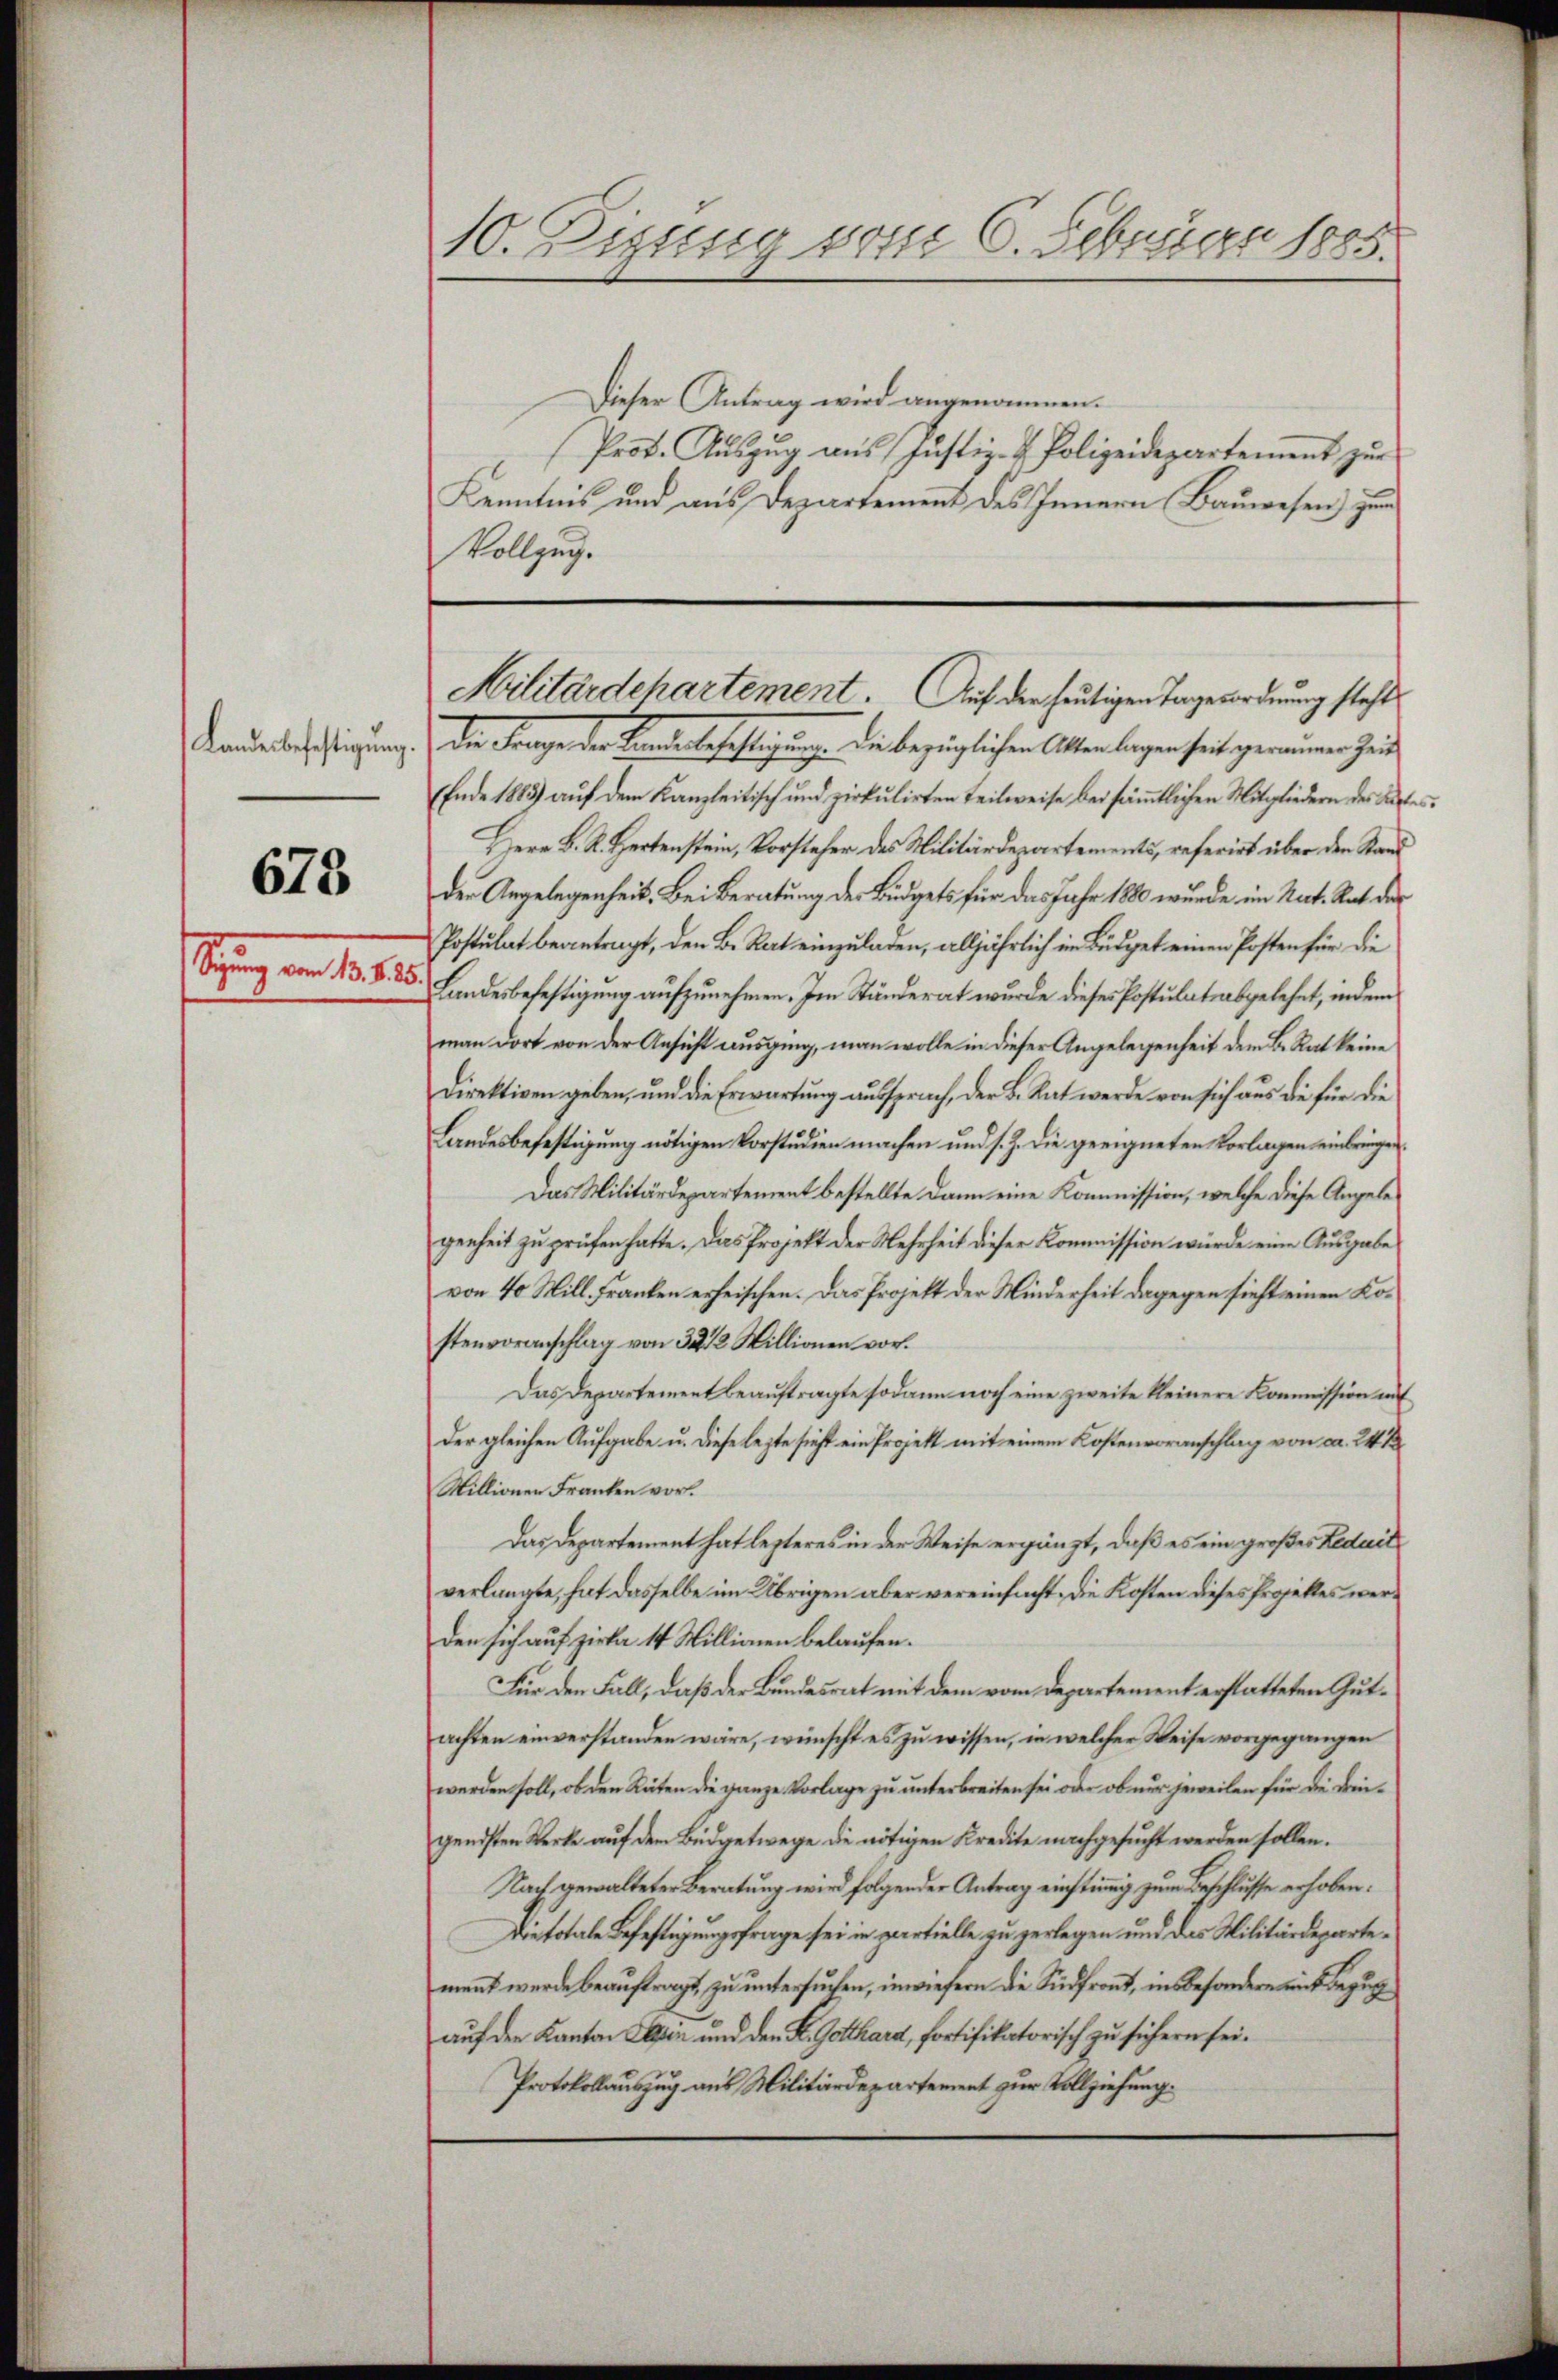
Landesbefestigung.

673

Seiz am 1.

10. Zizung vom 6. Februar 1885.

Dieser Antrag wird angenommen.
Prot. Aŭszŭg aŭs Justiz- & Polizeidepartement zŭr
Kenntnis und aus Departement des Innern Bauwesen) zum
Vollzug.

Militärdehartement. Auf der heutigen Tagesordnung steht

de Frage der Linderbehaftigung die bezüglichen Alten liegen seit gemeinen Zeit
(Ende 1883) auf dem Kanzleitisch und zirkulirten Teilweise bei sämtlichen Mitgliedern des Kartes
Herr B. R. Hertenstein, Vorsteher des Militärdepartements, referirt über den Stand
der Angelegenheit. Bei Beratung der Büdgets für das Jahr 1880 wurde im Rat. Rat der
Postulat beantragt, den B. Rat einzuladen, alljährlich im Büdget einen Posten für die
Landesbefestigung aufzunehmen. Im Ständerat wurde dieses Postulatsabgelehnt, indem
man dort von der Ansicht ausging, man wolle in dieser Angelegenheit dem B. Rat keine
Direktiven geben, und die Erwartung ausspruch, der B. Rat werde von sich aus die für die
Landesbefestigung nötigen Vorstudien machen und s. Z. die geeigneten Vorlagen einbringen.
Das Militärdepartement bestellte dann eine Kommission, welche diese Angelegenheit zŭ prüfen hatte. Das Projekt der Mehrheit dieser Kommission würde eine Aŭsgabe
von 40 Mill Franken erheischen. Das Projekt der Minderheit dagegen sieht einen Kostenvoranschlag von 32 1/2 Millionen vor.
Das Departement beauftragte sodann noch eine zweite kleinere Kommission auf
Der gleichen Aufgabe u. diese lezte sicht ein Projekt mit einem Kostenvoranschlag von ca. 241
Millionen Franken vor.
Das Departement hat lezteres in der Weise ergänzt, daß es ein großes Leduit
verlangte, hat dasselbe im Übrigen aber vereinfacht, die Kosten dieses Projektes werden sich auf zirka 14 Millionen belaufen.
Für den Fall, daß der Bundesrat mit dem vom Departement erstatteten Gutachten einverstanden wäre, wünscht es zu wissen, in welcher Weise vorgegangen
werden soll, ob den Räten die ganze Vorlage zu unterbreiten sei oder ob nur jeweilen für die Dingendsten Werke auf dem Büdgetwege die nötigen Kredite nachgesucht werden sollen.
Nach gewalteter Beratung wird folgender Antrag einstimmig zum Beschlusse erhoben:
Die totale Befestigungsfrage sei in partielle zu zerlegen und das Militärdepartemennt wurde beauftragt, zu untersuchen, inwiefern die Sidfront, insbesondere und Bezug
auf den Kanton Segen und den K. Gotthard, fortifikatorisch zu sichern sei.
Protokollauszug aus Militärdepartement zur Vollziehung¬